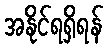
အနိုင်ရရှိရန်